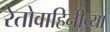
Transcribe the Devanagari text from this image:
रेतोवाहिनीच्या